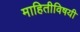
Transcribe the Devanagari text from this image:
माहितीविषयी